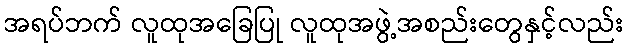
အရပ်ဘက် လူထုအခြေပြု လူထုအဖွဲ့အစည်းတွေနှင့်လည်း